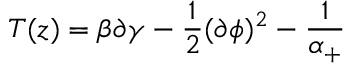
T ( z ) = \beta \partial \gamma - \frac 1 2 ( \partial \phi ) ^ { 2 } - \frac 1 { \alpha _ { + } }